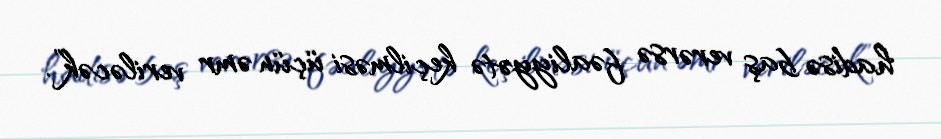
hadisə baş verərsə fəaliyyətə keçilməsi üçün əmr veriləcək”.